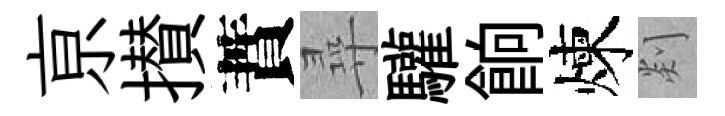
亰攅蕡尋驩餉煉剡